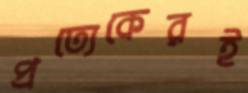
প্রত্যেকেরই